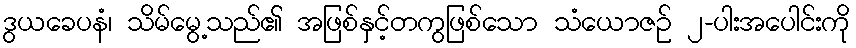
ဒွယခေပနံ၊ သိမ်မွေ့သည်၏ အဖြစ်နှင့်တကွဖြစ်သော သံယောဇဉ် ၂-ပါးအပေါင်းကို